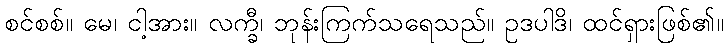
စင်စစ်။ မေ၊ ငါ့အား။ လက္ခီ၊ ဘုန်းကြက်သရေသည်။ ဥဒပါဒိ၊ ထင်ရှားဖြစ်၏။